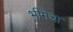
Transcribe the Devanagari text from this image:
भीमेचा